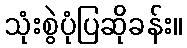
သုံးစွဲပုံပြဆိုခန်း။